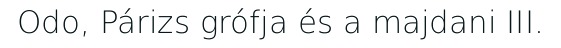
Odo, Párizs grófja és a majdani III.